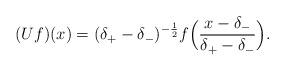
LaTeX: \begin{align*} ( U f ) ( x ) = ( \delta_{+} - \delta_{-} )^{- \frac{1}{2}} f \Big( \frac{x - \delta_{-}}{\delta_{+} - \delta_{-}} \Big) .\end{align*}